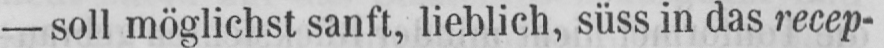
- soll möglichst sanft, lieblich, süss in das recep-